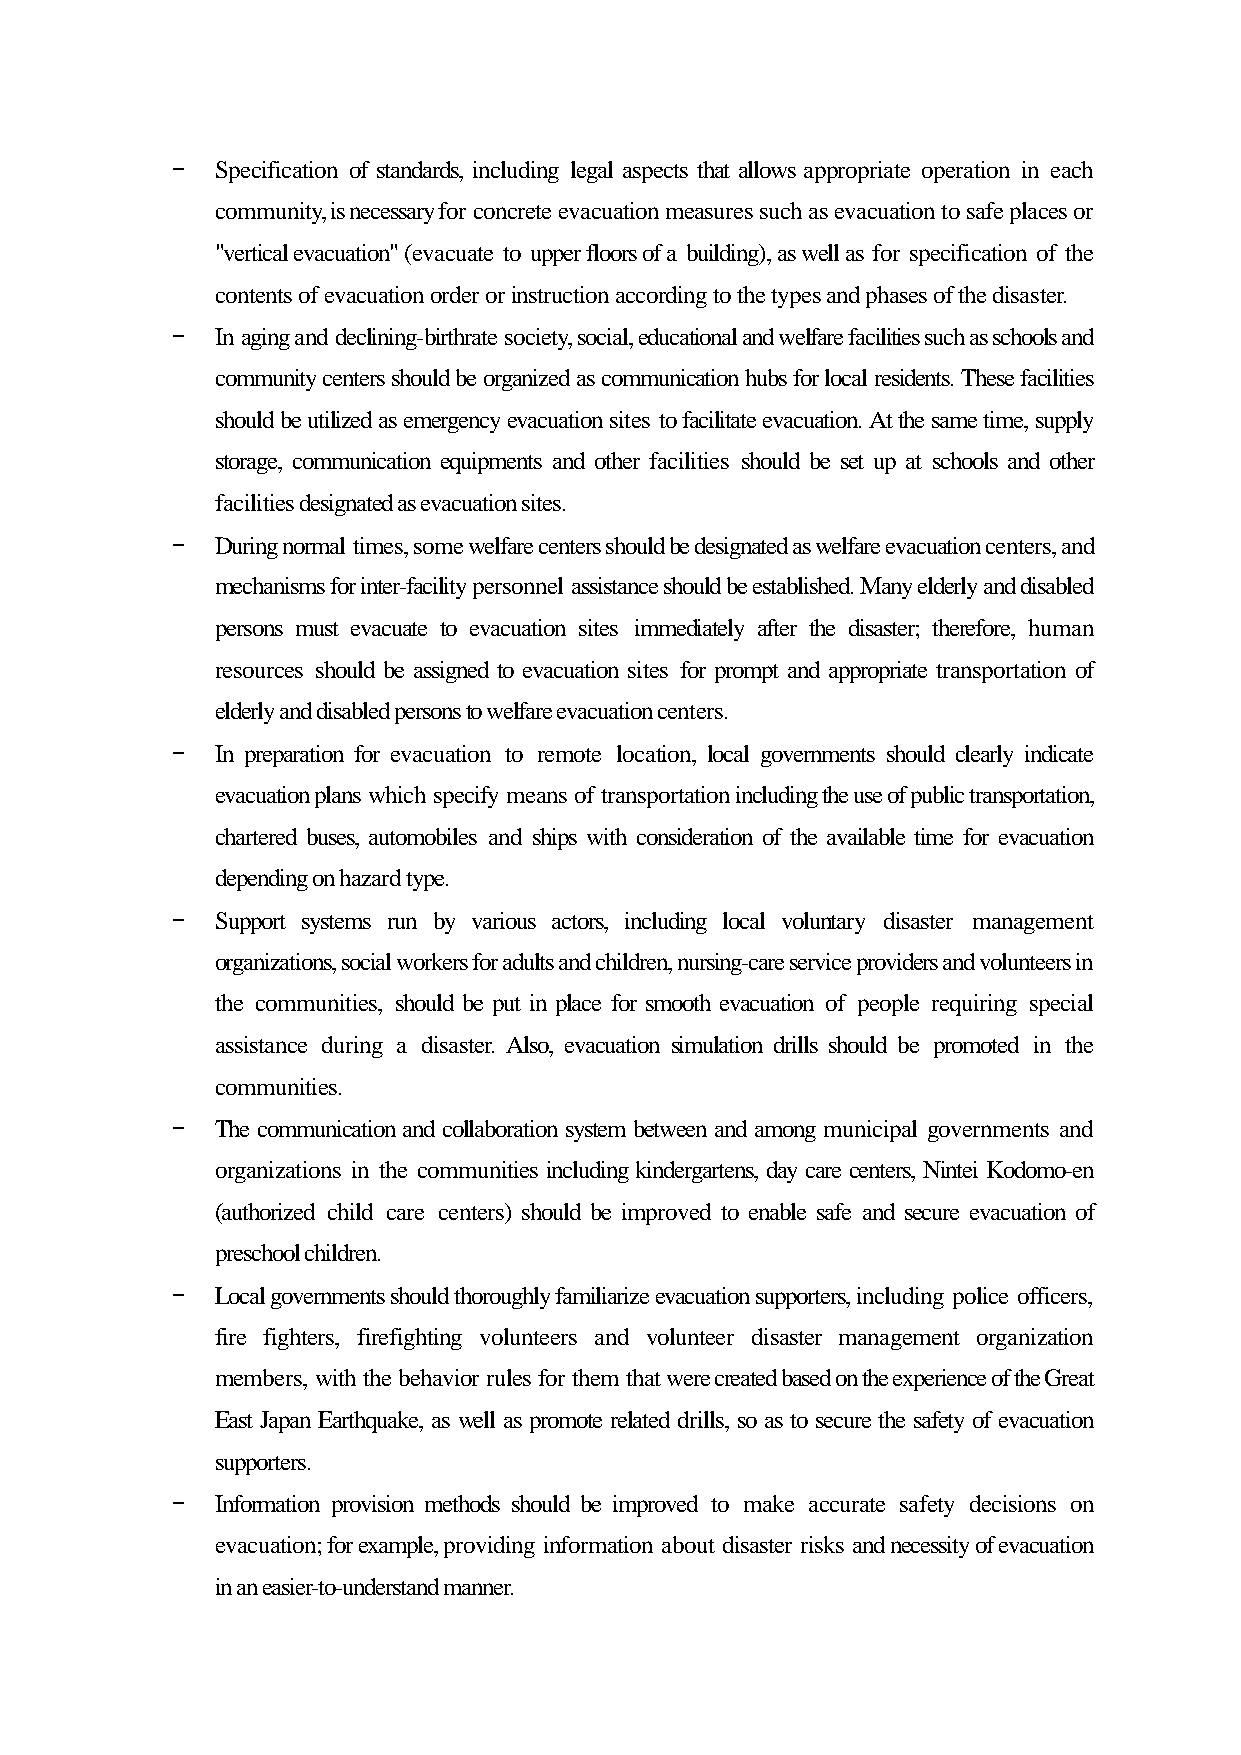
-  Specification of standards, including legal aspects that allows appropriate operation in each
 community, is necessary for concrete evacuation measures such as evacuation to safe places or
 "vertical evacuation" (evacuate to upper floors of a building), as well as for specification of the
 contents of evacuation order or instruction according to the types and phases of the disaster.
 -  In aging and declining-birthrate society, social, educational and welfare facilities such as schools and
 community centers should be organized as communication hubs for local residents. These facilities
 should be utilized as emergency evacuation sites to facilitate evacuation. At the same time, supply
 storage, communication equipments and other facilities should be set up at schools and other
 facilities designated as evacuation sites.
 -  During normal times, some welfare centers should be designated as welfare evacuation centers, and
 mechanisms for inter-facility personnel assistance should be established. Many elderly and disabled
 persons must evacuate to evacuation sites immediately after the disaster; therefore, human
 resources should be assigned to evacuation sites for prompt and appropriate transportation of
 elderly and disabled persons to welfare evacuation centers.
 -  In preparation for evacuation to remote location, local governments should clearly indicate
 evacuation plans which specify means of transportation including the use of public transportation,
 chartered buses, automobiles and ships with consideration of the available time for evacuation
 depending on hazard type.
 -  Support systems run by various actors, including local voluntary disaster management
 organizations, social workers for adults and children, nursing-care service providers and volunteers in
 the communities, should be put in place for smooth evacuation of people requiring special
 assistance during a disaster. Also, evacuation simulation drills should be promoted in the
 communities.
 -  The communication and collaboration system between and among municipal governments and
 organizations in the communities including kindergartens, day care centers, Nintei Kodomo-en
 (authorized child care centers) should be improved to enable safe and secure evacuation of
 preschool children.
 -  Local governments should thoroughly familiarize evacuation supporters, including police officers,
 fire fighters, firefighting volunteers and volunteer disaster management organization
 members, with the behavior rules for them that were created based on the experience of the Great
 East Japan Earthquake, as well as promote related drills, so as to secure the safety of evacuation
 supporters.
 -  Information provision methods should be improved to make accurate safety decisions on
 evacuation; for example, providing information about disaster risks and necessity of evacuation
 in an easier-to-understand manner.